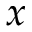
x